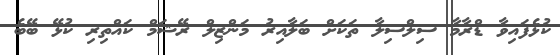
ކުޅެފައިވާ ޑްރާމާ ސިލްސިލާ ތަކަށް ބަލާއިރު މަންޒިލް ރޭޝަމް ކައްތިރި ކުޅޭ ބޭބެ